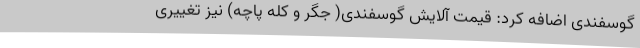
گوسفندی اضافه کرد: قیمت آلایش گوسفندی( جگر و کله پاچه) نیز تغییری